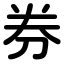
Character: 券